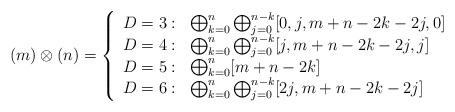
LaTeX: \begin{align*} (m)\otimes(n) = \left\{ \begin{array}{ll} D=3: & \bigoplus_{k=0}^{n}\bigoplus_{j=0}^{n-k}[0,j,m+n-2k-2j,0] \\ D=4: & \bigoplus_{k=0}^{n}\bigoplus_{j=0}^{n-k}[j,m+n-2k-2j,j] \\ D=5: & \bigoplus_{k=0}^{n}[m+n-2k] \\ D=6: & \bigoplus_{k=0}^{n}\bigoplus_{j=0}^{n-k}[2j,m+n-2k-2j] \end{array} \right.\end{align*}